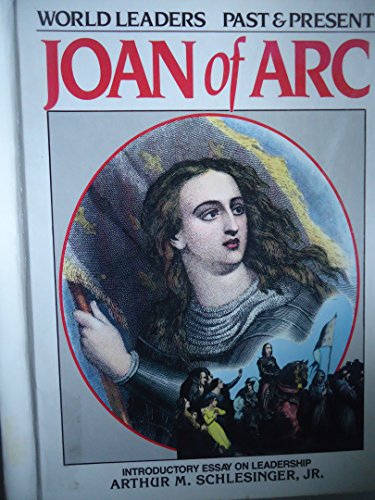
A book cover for Joan of Arc (World Leaders Past & Present); Susan Banfield; Teen & Young Adult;